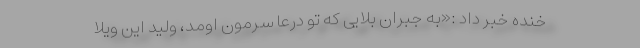
خنده خبر داد :«به جبران بلایی که تو درعا سرمون اومد، ولید این ویلا